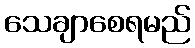
သေချာစေရမည်